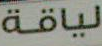
لياقة